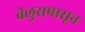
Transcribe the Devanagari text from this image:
बेलुरापासून